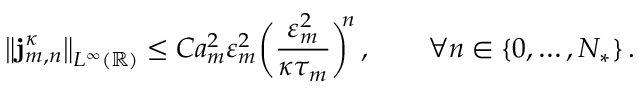
\bigl \| \mathbf { j } _ { m , n } ^ { \kappa } \bigr \| _ { L ^ { \infty } ( \ensuremath { \mathbb { R } } ) } \leq C a _ { m } ^ { 2 } \varepsilon _ { m } ^ { 2 } \biggl ( \frac { \varepsilon _ { m } ^ { 2 } } { \kappa \tau _ { m } } \biggr ) ^ { \! \! n } \, , \qquad \forall n \in \{ 0 , \ldots , N _ { * } \} \, .